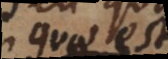
quae est